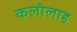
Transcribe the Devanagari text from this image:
कलीलाह